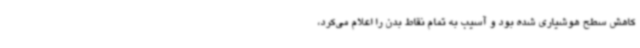
کاهش سطح هوشیاری شده بود و آسیب به تمام نقاط بدن را اعلام می‌کرد،